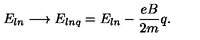
E _ { l n } \longrightarrow E _ { l n q } = E _ { l n } - \frac { e B } { 2 m } q .